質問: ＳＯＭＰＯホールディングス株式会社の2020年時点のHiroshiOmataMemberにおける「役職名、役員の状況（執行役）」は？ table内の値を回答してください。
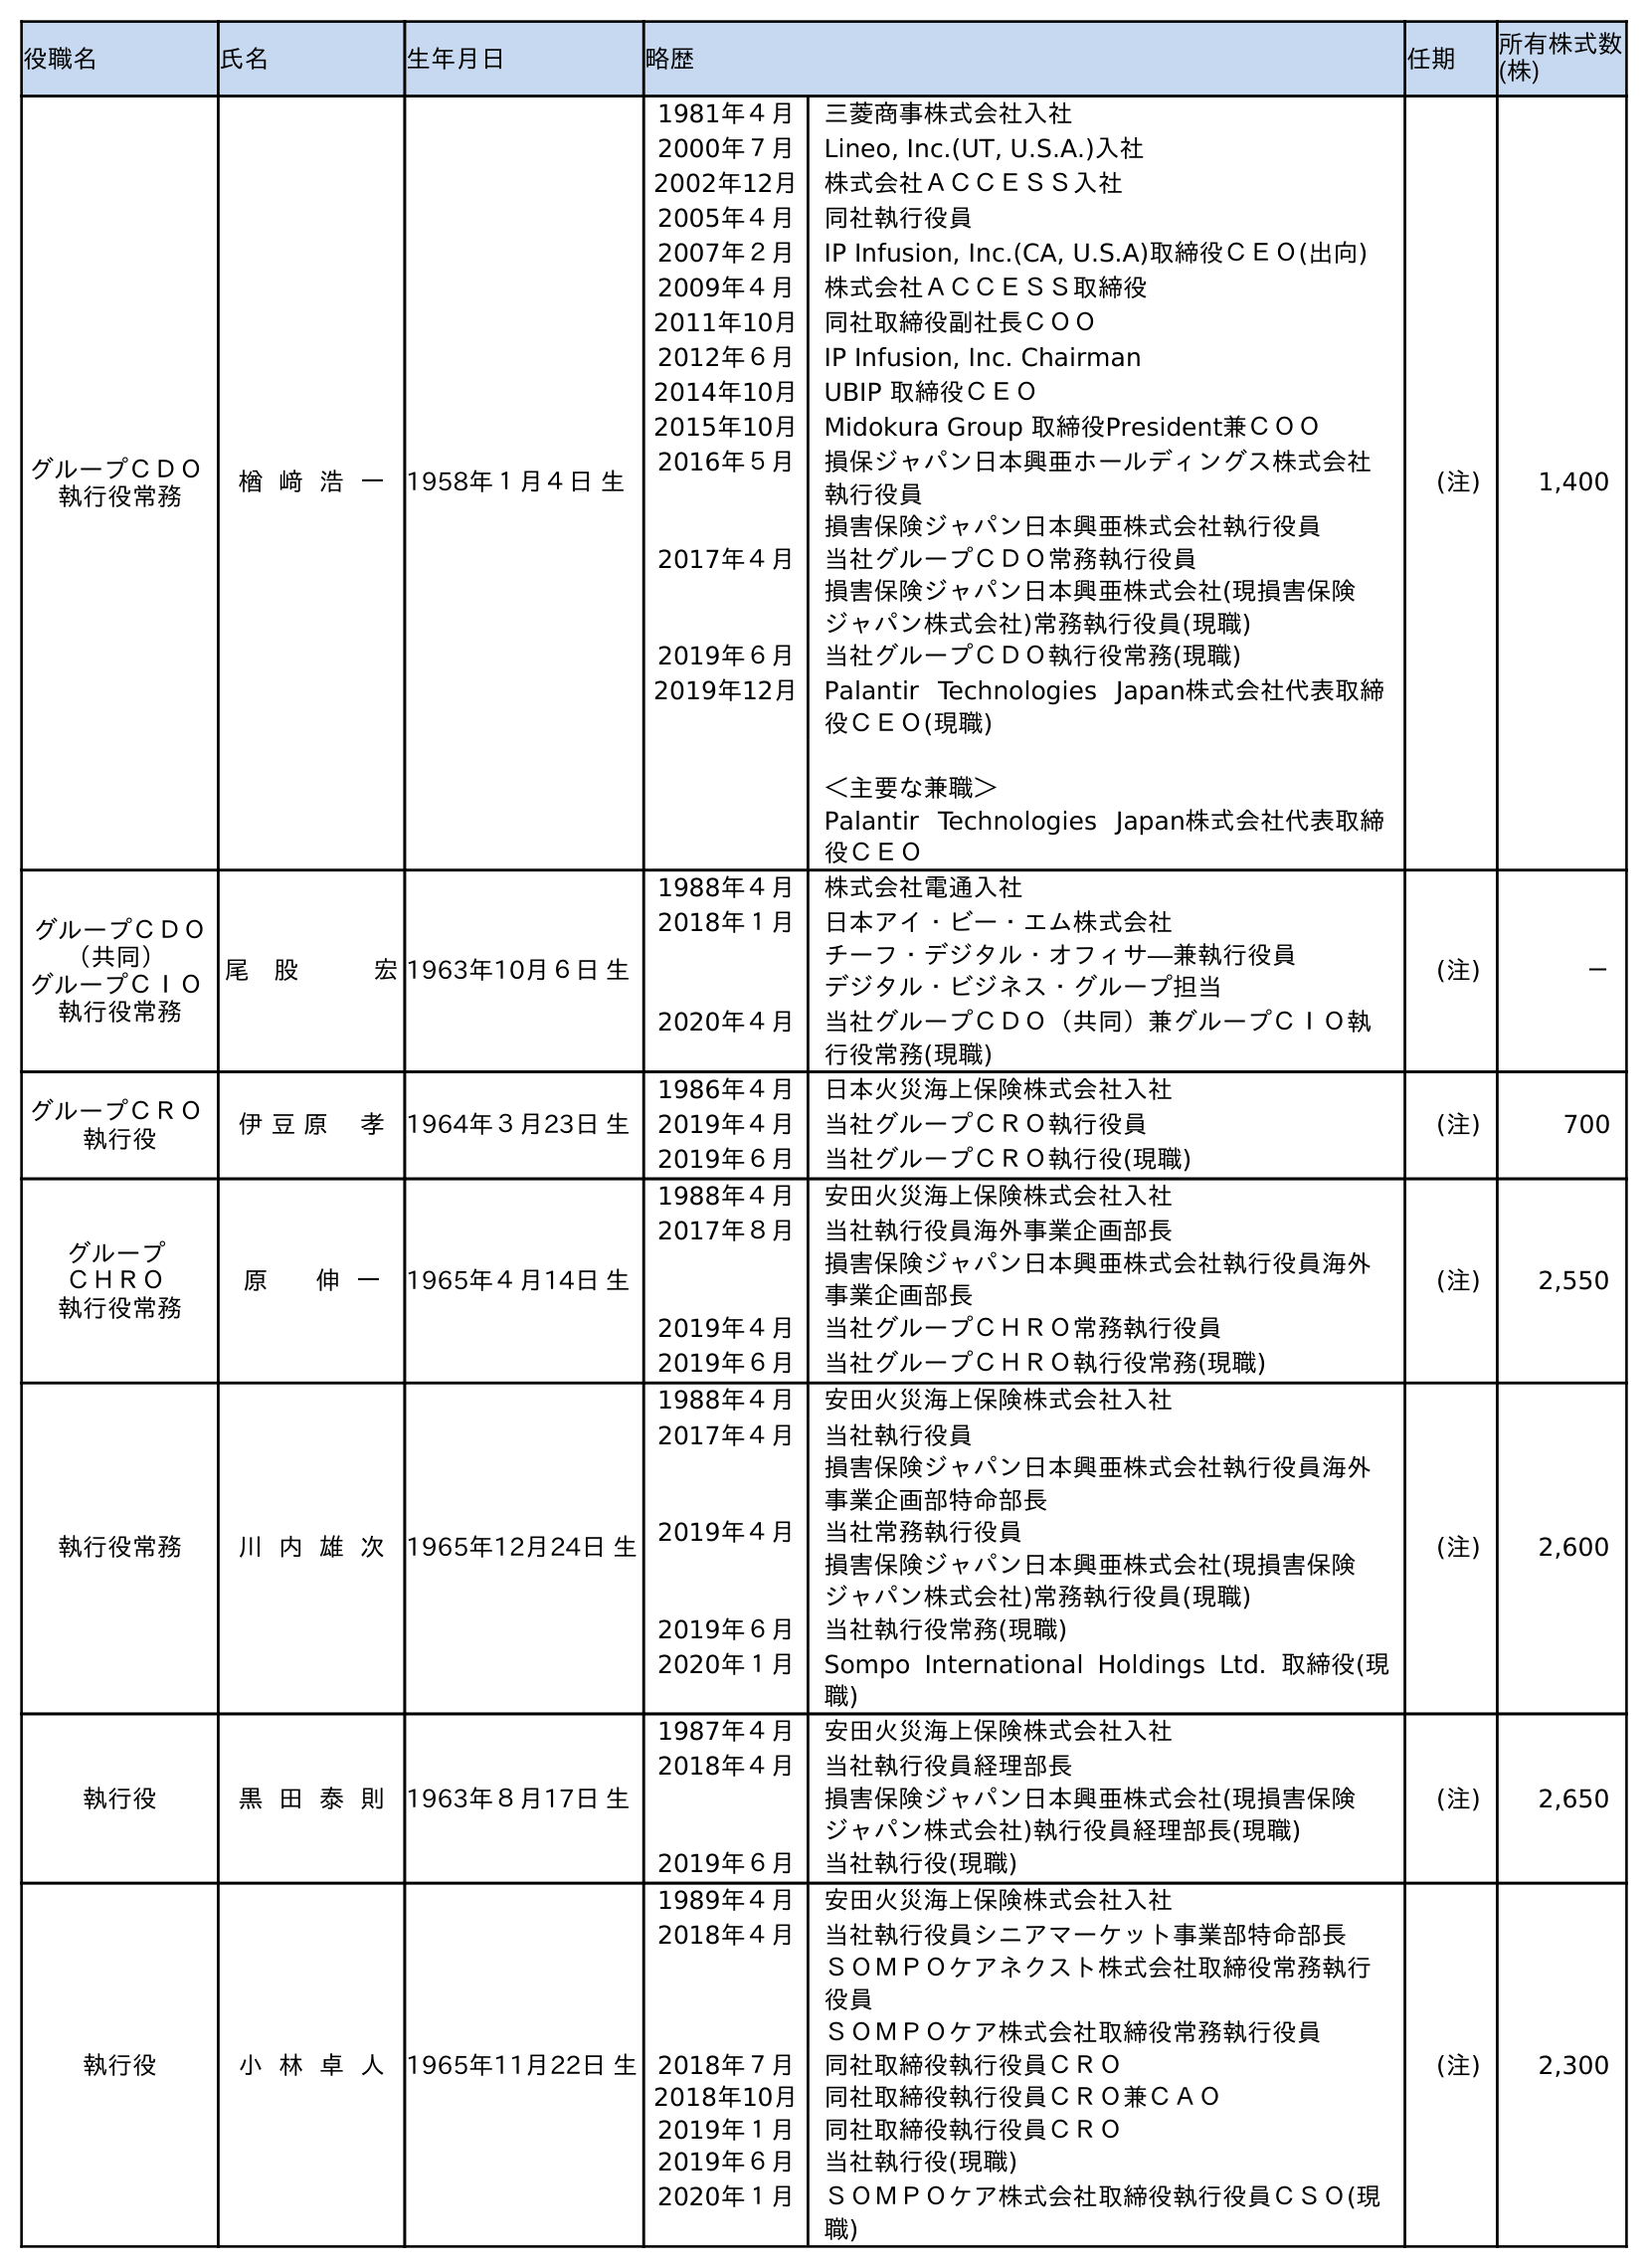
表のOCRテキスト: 役職名 氏名 生年月日 略歴 任期 所有株式数 (株) グループＣＤＯ 執行役常務 楢 﨑 浩 一 1958年１月４日 生 1981年４月 三菱商事株式会社入社 2000年７月 Lineo, Inc.(UT, U.S.A.)入社 2002年12月 株式会社ＡＣＣＥＳＳ入社 2005年４月 同社執行役員 2007年２月 IP Infusion, Inc.(CA, U.S.A)取締役ＣＥＯ(出向) 2009年４月 株式会社ＡＣＣＥＳＳ取締役 2011年10月 同社取締役副社長ＣＯＯ 2012年６月 IP Infusion, Inc. Chairman 2014年10月 UBIP 取締役ＣＥＯ 2015年10月 Midokura Group 取締役President兼ＣＯＯ 2016年５月 損保ジャパン日本興亜ホールディングス株式会社 執行役員 損害保険ジャパン日本興亜株式会社執行役員 2017年４月 当社グループＣＤＯ常務執行役員 損害保険ジャパン日本興亜株式会社(現損害保険 ジャパン株式会社)常務執行役員(現職) 2019年６月 当社グループＣＤＯ執行役常務(現職) 2019年12月 Palantir Technologies Japan株式会社代表取締 役ＣＥＯ(現職) ＜主要な兼職＞ Palantir Technologies Japan株式会社代表取締 役ＣＥＯ (注) 1,400 グループＣＤＯ （共同） グループＣＩＯ 執行役常務 尾 股   宏1963年10月６日 生 1988年４月 株式会社電通入社 2018年１月 日本アイ・ビー・エム株式会社 チーフ・デジタル・オフィサ―兼執行役員 デジタル・ビジネス・グループ担当 2020年４月 当社グループＣＤＯ（共同）兼グループＣＩＯ執 行役常務(現職) (注) － グループＣＲＯ 執行役 伊 豆 原 孝 1964年３月23日 生 1986年４月 日本火災海上保険株式会社入社 2019年４月 当社グループＣＲＯ執行役員 2019年６月 当社グループＣＲＯ執行役(現職) (注) 700 グループ ＣＨＲＯ 執行役常務 原 伸 一 1965年４月14日 生 1988年４月 安田火災海上保険株式会社入社 2017年８月 当社執行役員海外事業企画部長 損害保険ジャパン日本興亜株式会社執行役員海外 事業企画部長 2019年４月 当社グループＣＨＲＯ常務執行役員 2019年６月 当社グループＣＨＲＯ執行役常務(現職) (注) 2,550 執行役常務 川 内 雄 次 1965年12月24日 生 1988年４月 安田火災海上保険株式会社入社 2017年４月 当社執行役員 損害保険ジャパン日本興亜株式会社執行役員海外 事業企画部特命部長 2019年４月 当社常務執行役員 損害保険ジャパン日本興亜株式会社(現損害保険 ジャパン株式会社)常務執行役員(現職) 2019年６月 当社執行役常務(現職) 2020年１月 Sompo International Holdings Ltd. 取締役(現 職) (注) 2,600 執行役 黑 田 泰 則 1963年８月17日 生 1987年４月 安田火災海上保険株式会社入社 2018年４月 当社執行役員経理部長 損害保険ジャパン日本興亜株式会社(現損害保険 ジャパン株式会社)執行役員経理部長(現職) 2019年６月 当社執行役(現職) (注) 2,650 執行役 小 林 卓 人 1965年11月22日 生 1989年４月 安田火災海上保険株式会社入社 2018年４月 当社執行役員シニアマーケット事業部特命部長 ＳＯＭＰＯケアネクスト株式会社取締役常務執行 役員 ＳＯＭＰＯケア株式会社取締役常務執行役員 2018年７月 同社取締役執行役員ＣＲＯ 2018年10月 同社取締役執行役員ＣＲＯ兼ＣＡＯ 2019年１月 同社取締役執行役員ＣＲＯ 2019年６月 当社執行役(現職) 2020年１月 ＳＯＭＰＯケア株式会社取締役執行役員ＣＳＯ(現 職) (注) 2,300
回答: グループＣＤＯ（共同）グループＣＩＯ執行役常務